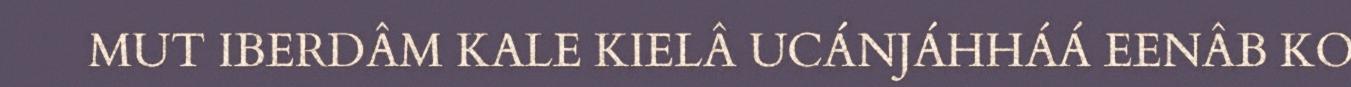
MUT IBERDÂM KALE KIELÂ UCÁNJÁHHÁÁ EENÂB KO